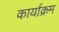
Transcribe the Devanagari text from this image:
कार्याक्रम